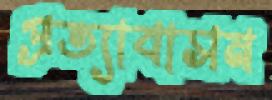
প্রত্যাবাসন